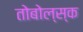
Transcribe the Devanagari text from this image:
तोबोल्स्क